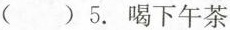
( )5.喝下午茶